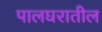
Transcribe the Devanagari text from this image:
पालघरातील